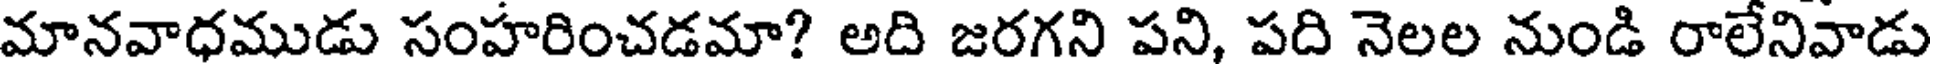
మానవాధముడు సంహరించడమా? అది జరగని పని, పది నెలల నుండి రాలేనివాడు